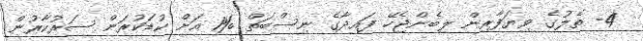
4- ތެލުގެ ވިޔަފާރިން ލިބެންޖެހޭ ފައިދާގެ ނިސްބަތް %1 އަށް ކުޑަކުރަން ސަރުކާރުން